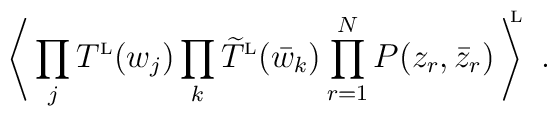
\left\langle \,\prod_j T^{\rm \scriptscriptstyle L}(w_j)\prod_k \widetilde T^{\rm \scriptscriptstyle L}(\bar w_k)\prod\limits_{r=1}^N P(z_r,\bar z_r)\,\right\rangle^{\!\!\!\rm \scriptscriptstyle L} \ .